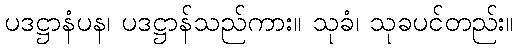
ပဒဋ္ဌာနံပန၊ ပဒဋ္ဌာန်သည်ကား။ သုခံ၊ သုခပင်တည်း။